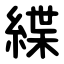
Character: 緤